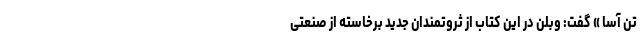
تن آسا » گفت: وبلن در این کتاب از ثروتمندان جدید برخاسته از صنعتی